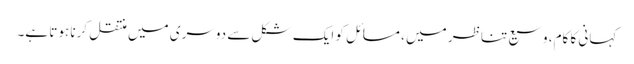
کہانی کا کام، وسیع تناظر میں ، مسائل کو ایک شکل سے دوسری میں منتقل کرنا ہوتا ہے۔